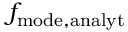
f _ { \mathrm { m o d e , a n a l y t } }